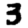
Digit: 3